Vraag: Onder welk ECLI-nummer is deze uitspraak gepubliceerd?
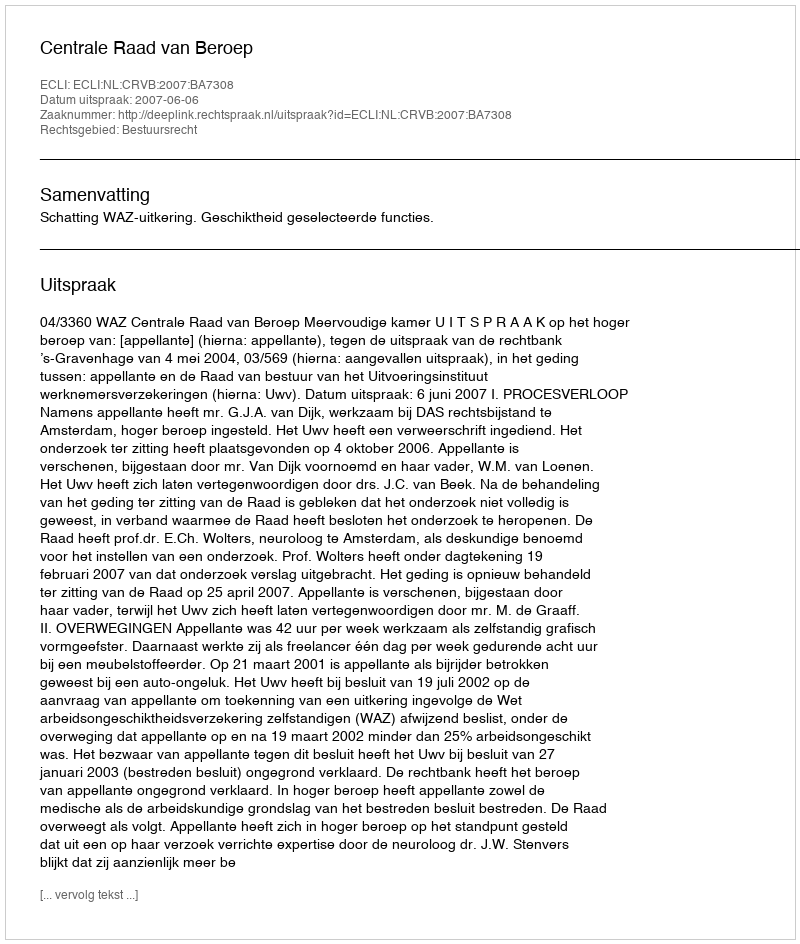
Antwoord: ECLI:NL:CRVB:2007:BA7308